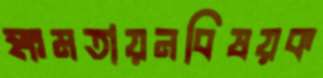
ক্ষমতায়নবিষয়ক